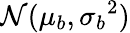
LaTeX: \mathcal{N}(\mu_{b},{\sigma_{b}}^{2})